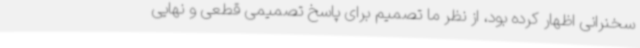
سخنرانی اظهار کرده بود، از نظر ما تصمیم برای پاسخ تصمیمی قطعی و نهایی